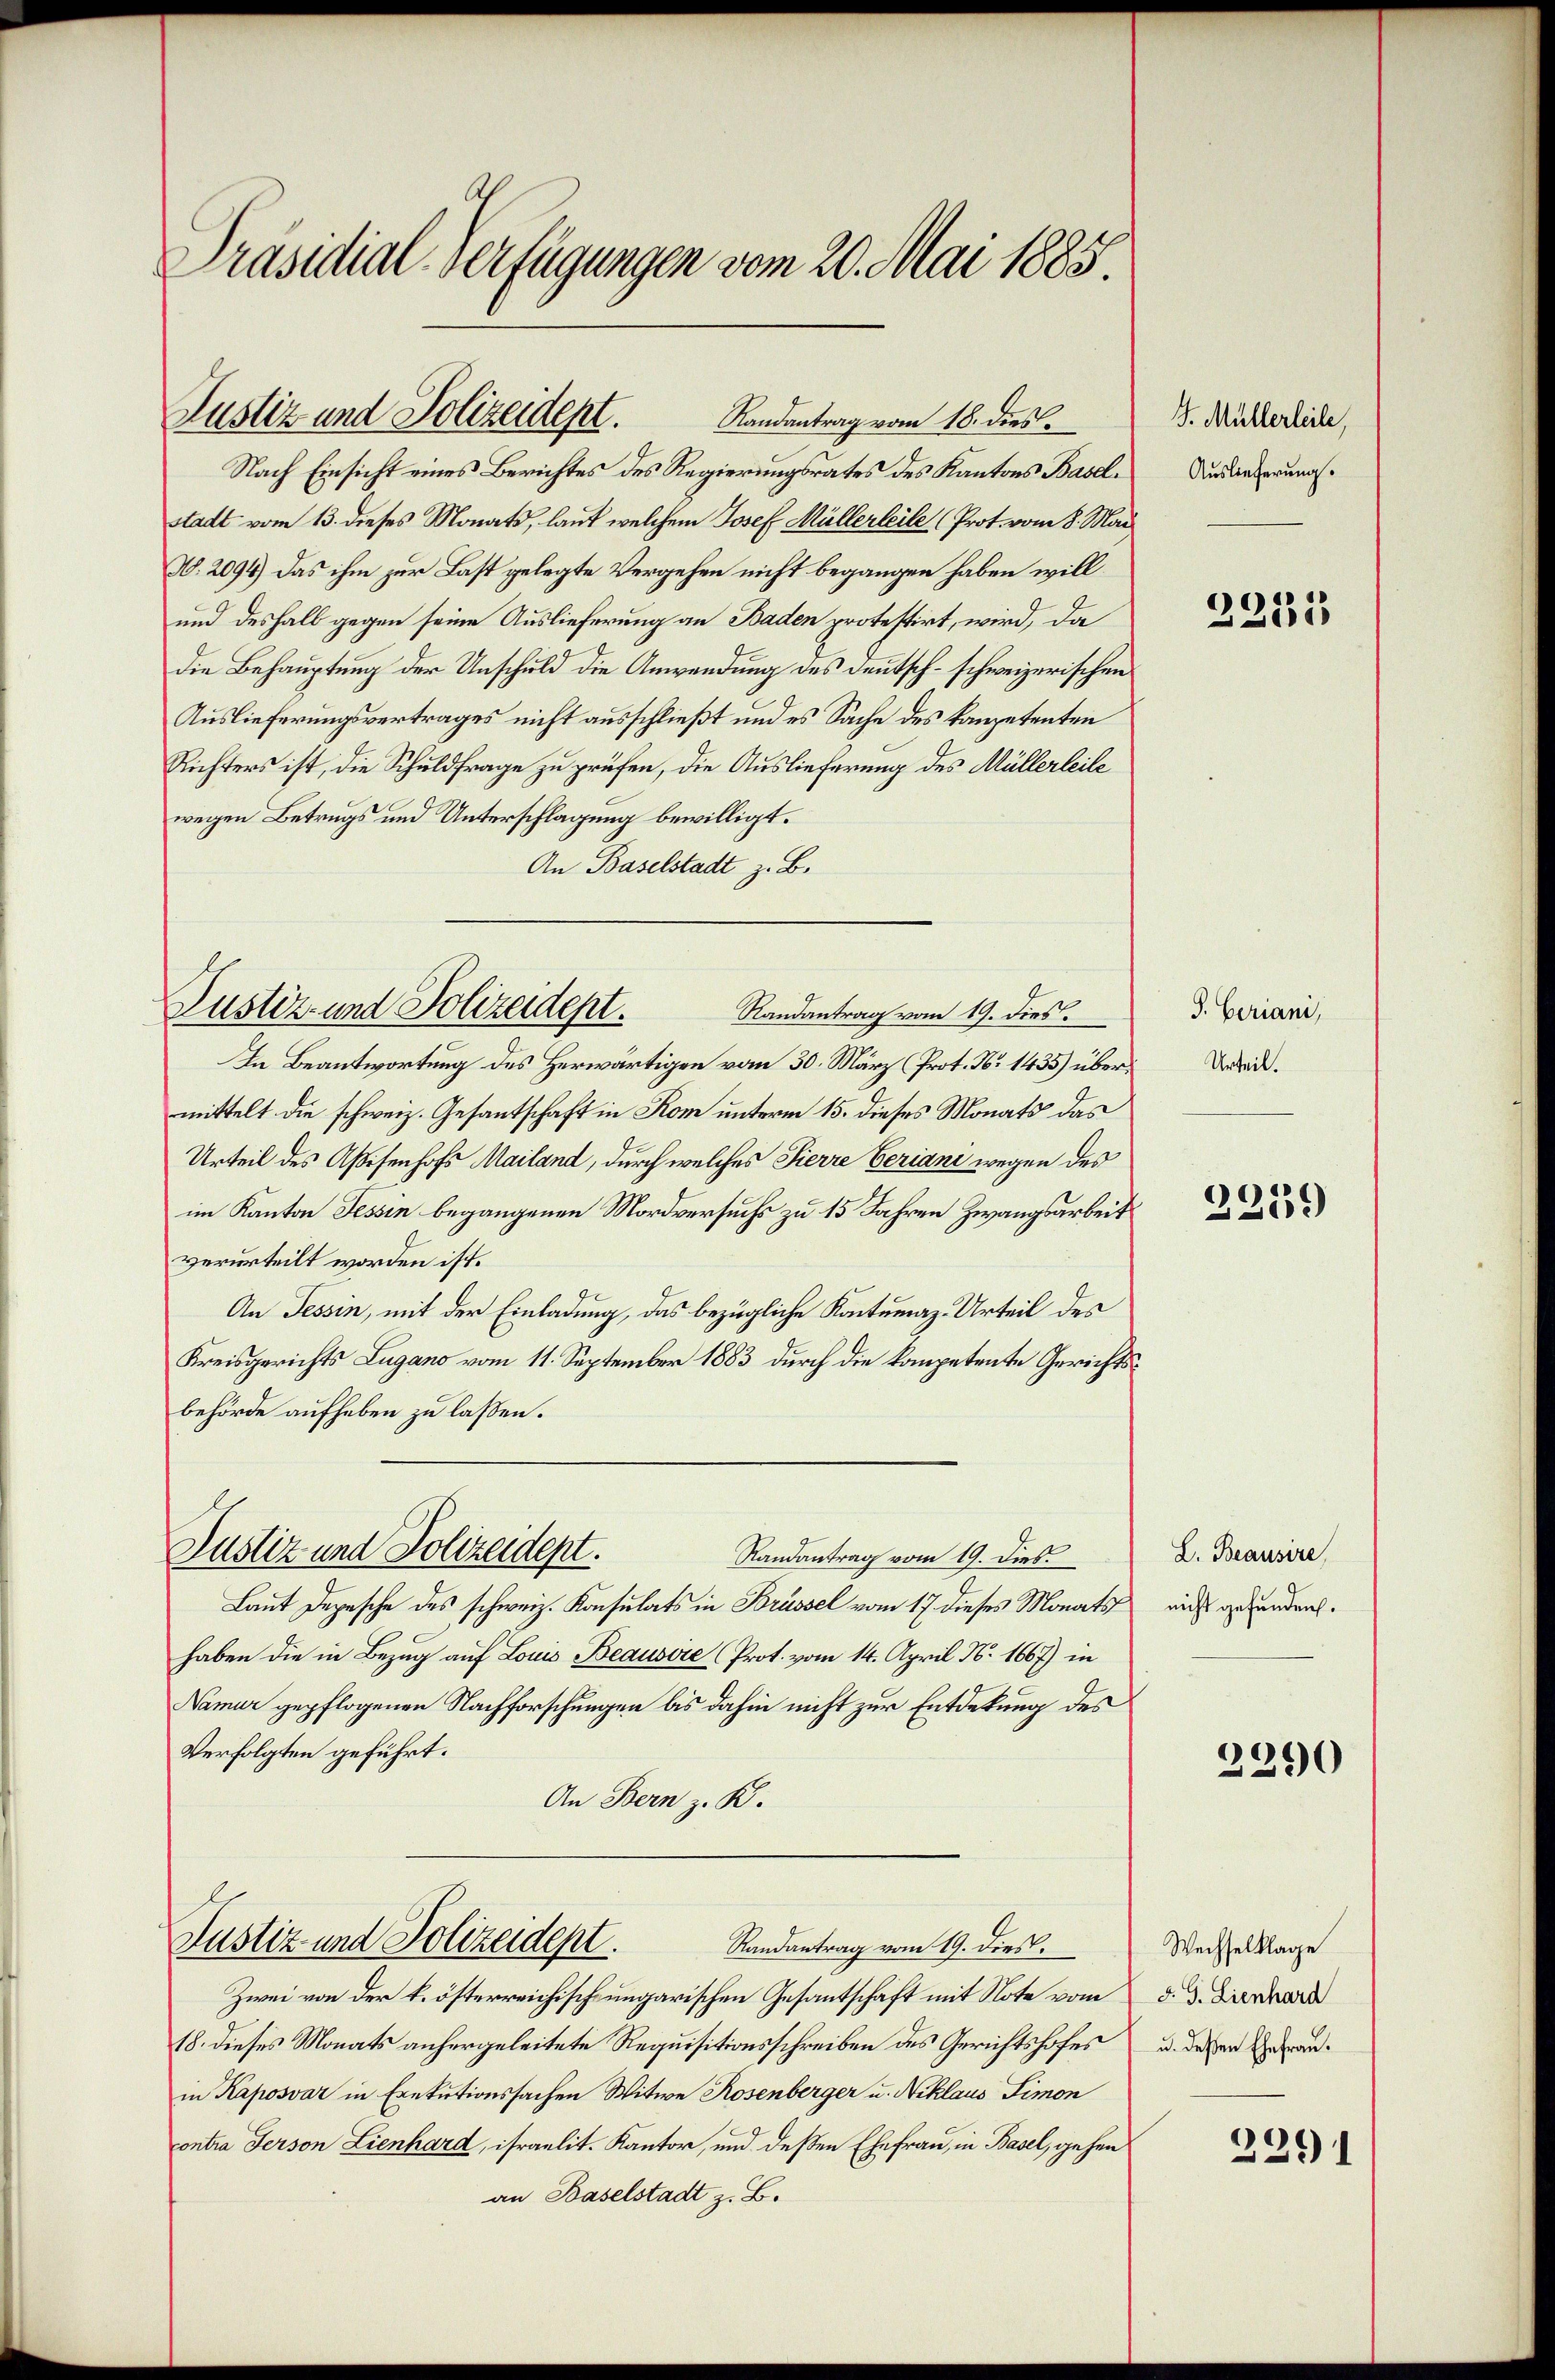
Präsidial-Verfügungen vom 20. Mai 1885.

Justiz und Polizeidept.
Randantrag vom 18. dies

Nach Einsicht eines Berichtes des Regierungsrates des Kantons Baselstadt vom 13. dieses Monats, laut welchem Josef Müllerleile (Prot. vom 8. Mai
A. 2094) Das ihm zur Last gelegte Vergehen nicht begangen haben will
und deshalb gegen seine Auslieferung an Baden protestirt, wird, da
die Behauptung der Unschuld die Anwendung des Deutsch-schweizerischen
Auslieferungsvertrages nicht ausschließt und es Sache des kompetenten
Richters ist, die Schuldfrage zu prüfen, die Auslieferung des Müllerleite
wegen Betrugs und Unterschlagung bewilligt.
An Baselstadt z. B.
Randantrag vom 19. dies.
In Beantwortung des Herwärtigen vom 30. März (Prot. No 1435) über
mittelt die schweiz. Gesantschaft in Rom unterm 15. dieses Monats das
Urteil des Aßisenhofs Mailand, durch welches Pierre Veriani wegen des
im Kanton Tessin begangenen Mordversuchs zu 15 Jahren Zwangsarbeit
verurteilt worden ist.
An Tessin, mit der Einladung, das bezügliche Kontumaz-Urteil des
Kreisgerichts Lugano vom 11. September 1883 durch die kompetente Gericht
behörde aufheben zu laßen.
Justiz und Polizeidept.
Randantrag vom 19. dies.
Laut Depesche des schweiz. Konsulats in Brüssel vom 17. dieses Monats
haben die in Bezug auf Louis Beausire (Prot. vom 14. April N. 1667) in
Namur gepflogenen Nachforschungen bis dahin nicht zur Entdekung des
Verfolgten geführt:
An Bern z. K.

Justiz- und Polizeidept.

Justiz- und Polizeidept.
Randantrag vom 19. dies.

Zwei von der k. österreichisch-ungarischen Gesantschaft mit Note vom 2 d. 3. Diener
18. dieses Monats anhergeleitete Requisitionsschreiben des Gerichtshofes u. dessen Geranin Kaposvár in Exekutionssachen Witwe Rosenberger u. Niklaus Simon
ontra Person Lienhard, israelit. Kantor, und deßen Ehefrau, in Basel, gehen
an Baselstadt z. B.

f

¬

G. Müllerleite,
Auslieferung.

2251

S. Geriani,
Urteil.

2239

L. Beausire
nicht gefunden.

2290

Wechselklage

2291